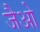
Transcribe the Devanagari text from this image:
जैओ